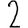
Digit: 2